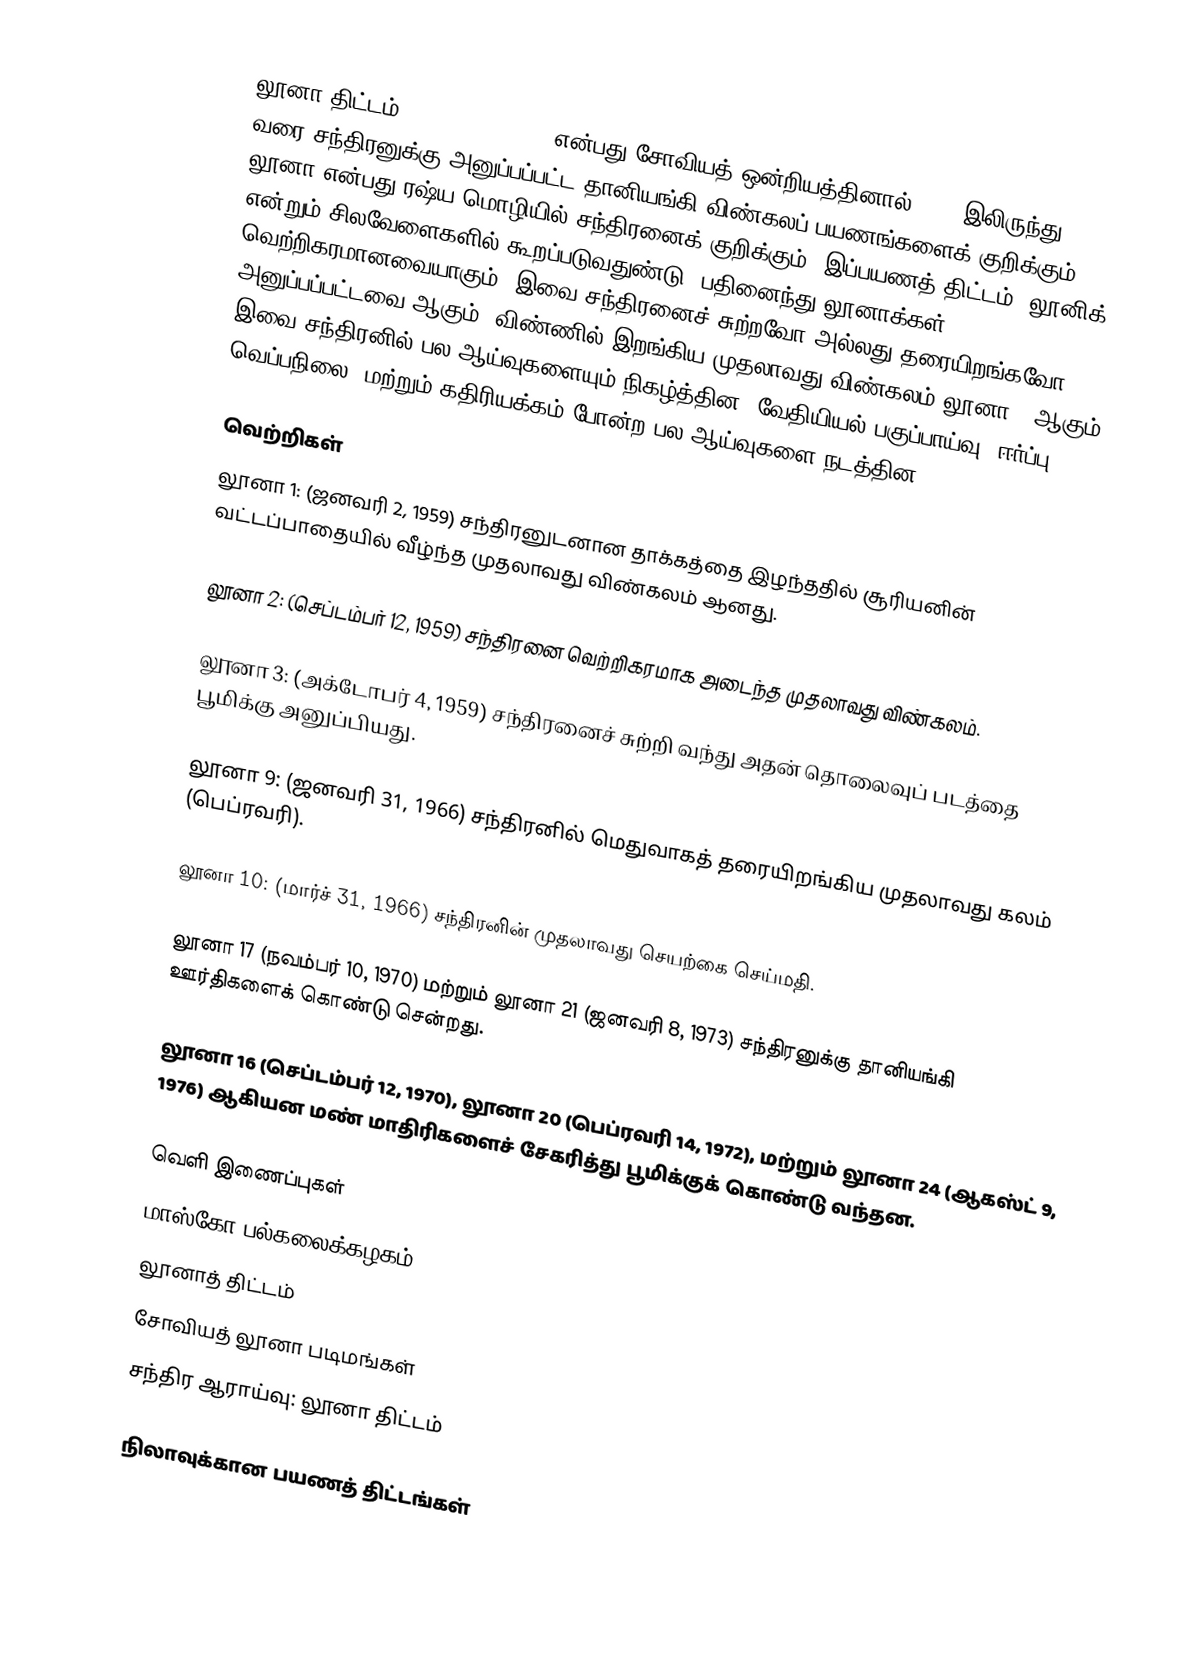
லூனா திட்டம் (Luna programme) என்பது சோவியத் ஒன்றியத்தினால் 1959 இலிருந்து 1976 வரை சந்திரனுக்கு அனுப்பப்பட்ட தானியங்கி விண்கலப் பயணங்களைக் குறிக்கும். லூனா என்பது ரஷ்ய மொழியில் சந்திரனைக் குறிக்கும். இப்பயணத் திட்டம் "லூனிக்" என்றும் சிலவேளைகளில் கூறப்படுவதுண்டு. பதினைந்து லூனாக்கள் வெற்றிகரமானவையாகும். இவை சந்திரனைச் சுற்றவோ அல்லது தரையிறங்கவோ அனுப்பப்பட்டவை ஆகும். விண்ணில் இறங்கிய முதலாவது விண்கலம் லூனா 2 ஆகும். இவை சந்திரனில் பல ஆய்வுகளையும் நிகழ்த்தின. வேதியியல் பகுப்பாய்வு, ஈர்ப்பு, வெப்பநிலை, மற்றும் கதிரியக்கம் போன்ற பல ஆய்வுகளை நடத்தின. .

வெற்றிகள்
 லூனா 1: (ஜனவரி 2, 1959) சந்திரனுடனான தாக்கத்தை இழந்ததில் சூரியனின் வட்டப்பாதையில் வீழ்ந்த முதலாவது விண்கலம் ஆனது.

 லூனா 2: (செப்டம்பர் 12, 1959) சந்திரனை வெற்றிகரமாக அடைந்த முதலாவது விண்கலம்.

 லூனா 3: (அக்டோபர் 4, 1959) சந்திரனைச் சுற்றி வந்து அதன் தொலைவுப் படத்தை பூமிக்கு அனுப்பியது.

 லூனா 9: (ஜனவரி 31, 1966) சந்திரனில் மெதுவாகத் தரையிறங்கிய முதலாவது கலம் (பெப்ரவரி).

 லூனா 10: (மார்ச் 31, 1966) சந்திரனின் முதலாவது செயற்கை செய்மதி.

 லூனா 17 (நவம்பர் 10, 1970) மற்றும் லூனா 21 (ஜனவரி 8, 1973) சந்திரனுக்கு தானியங்கி ஊர்திகளைக் கொண்டு சென்றது.

 லூனா 16 (செப்டம்பர் 12, 1970), லூனா 20 (பெப்ரவரி 14, 1972), மற்றும் லூனா 24 (ஆகஸ்ட் 9, 1976) ஆகியன மண் மாதிரிகளைச் சேகரித்து பூமிக்குக் கொண்டு வந்தன.

வெளி இணைப்புகள்
 மாஸ்கோ பல்கலைக்கழகம்
 லூனாத் திட்டம்
 சோவியத் லூனா படிமங்கள்
 சந்திர ஆராய்வு: லூனா திட்டம்

நிலாவுக்கான பயணத் திட்டங்கள்